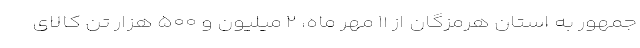
جمهور به استان هرمزگان از ۱۱ مهر ماه، ۲ میلیون و ۵۰۰ هزار تن کالای